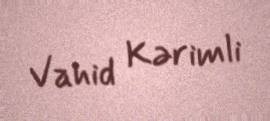
Vahid Kərimli